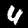
Digit: 4